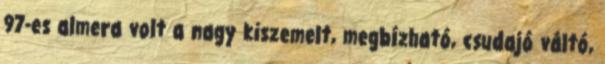
97-es almera volt a nagy kiszemelt, megbízható, csudajó váltó,